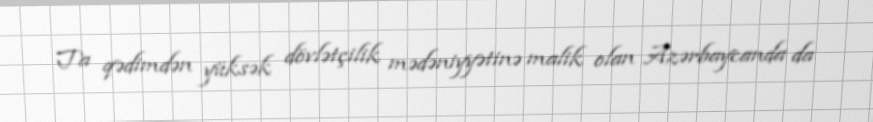
Ta qədimdən yüksək dövlətçilik mədəniyyətinə malik olan Azərbaycanda da